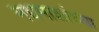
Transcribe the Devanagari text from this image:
मधमाशांच्या